Punjab Mental Hospital Lahore 1922-31 - 1922-1931
Year: 1922
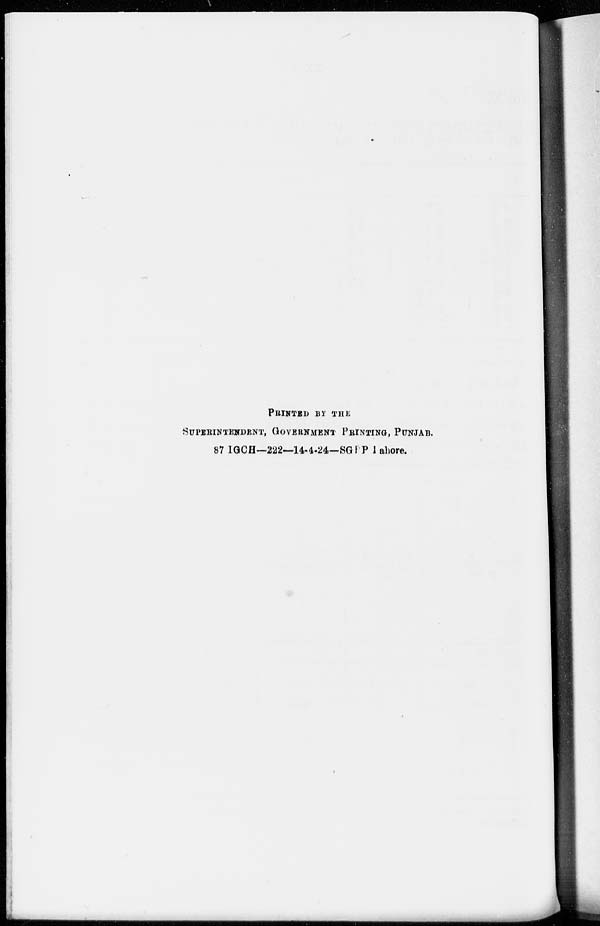
PRINTED BY THE
SUPERINTENDENT, GOVERNMENT PRINTING, PUNJAB.
87 IGCH—222—14-4-24—SGPP Lahore.